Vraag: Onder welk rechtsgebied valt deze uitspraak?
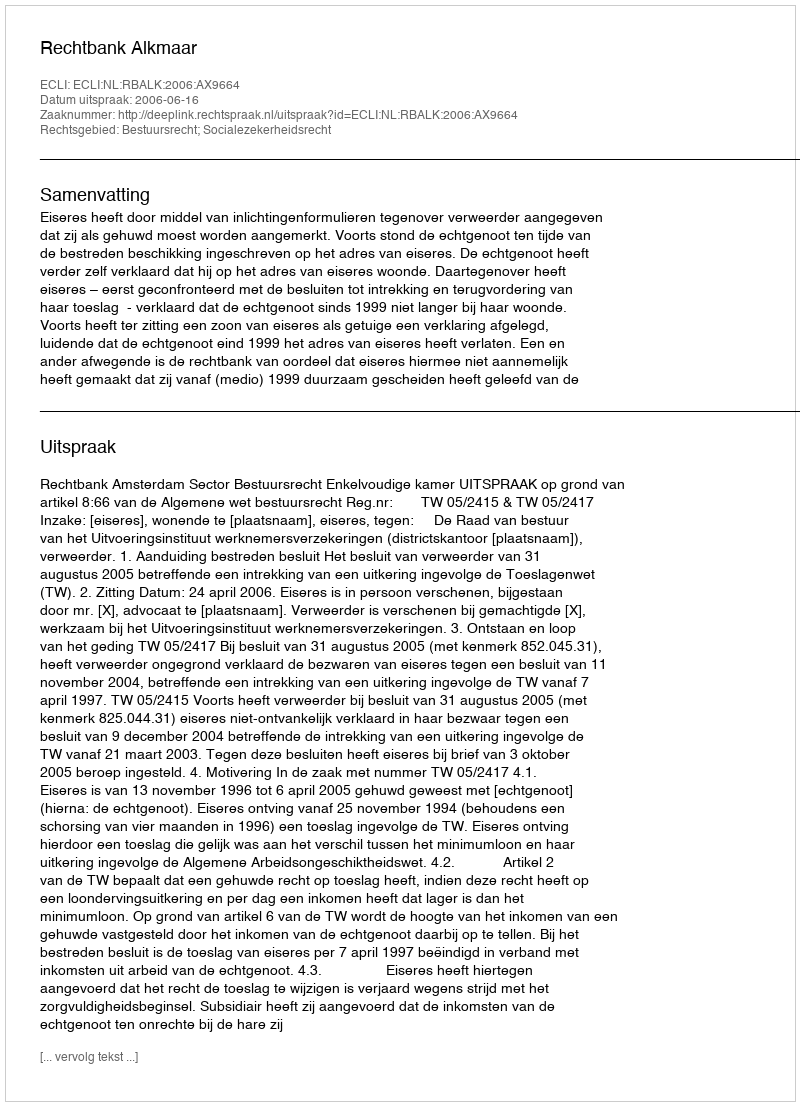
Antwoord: Bestuursrecht; Socialezekerheidsrecht